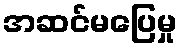
အဆင်မပြေမှု